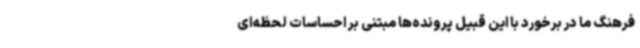
فرهنگ ما در برخورد با این قبیل پرونده‌ها مبتنی بر احساسات لحظه‌ای